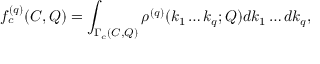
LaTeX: f _ { c } ^ { ( q ) } ( C , Q ) = \int _ { \Gamma _ { c } ( C , Q ) } \rho ^ { ( q ) } ( k _ { 1 } \dots k _ { q } ; Q ) d k _ { 1 } \dots d k _ { q } ,